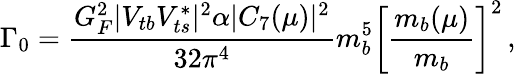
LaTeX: \Gamma_{0}={\frac{G_{F}^{2}|V_{tb}V_{ts}^{*}|^{2}\alpha|C_{7}(\mu)|^{2}}{32\pi^{4}}}m_{b}^{5}\left[\frac{m_{b}(\mu)}{m_{b}}\right]^{2}\, ,